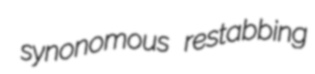
synonomous restabbing